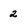
Character: 2